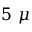
5 \ \mu